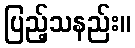
ပြည့်သနည်း။